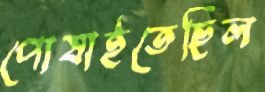
পোষাইতেছিল